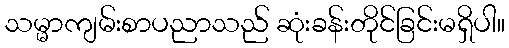
သမ္မာကျမ်းစာပညာသည် ဆုံးခန်းတိုင်ခြင်းမရှိပါ။